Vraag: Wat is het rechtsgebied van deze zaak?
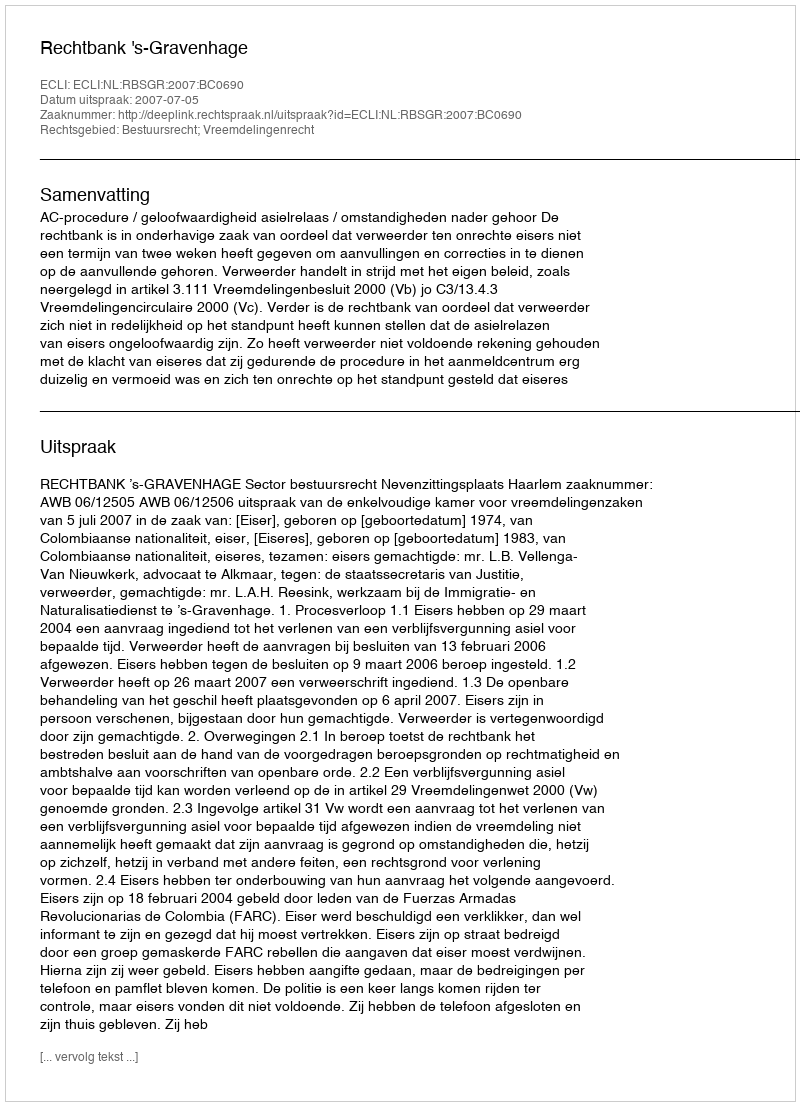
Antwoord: Bestuursrecht; Vreemdelingenrecht